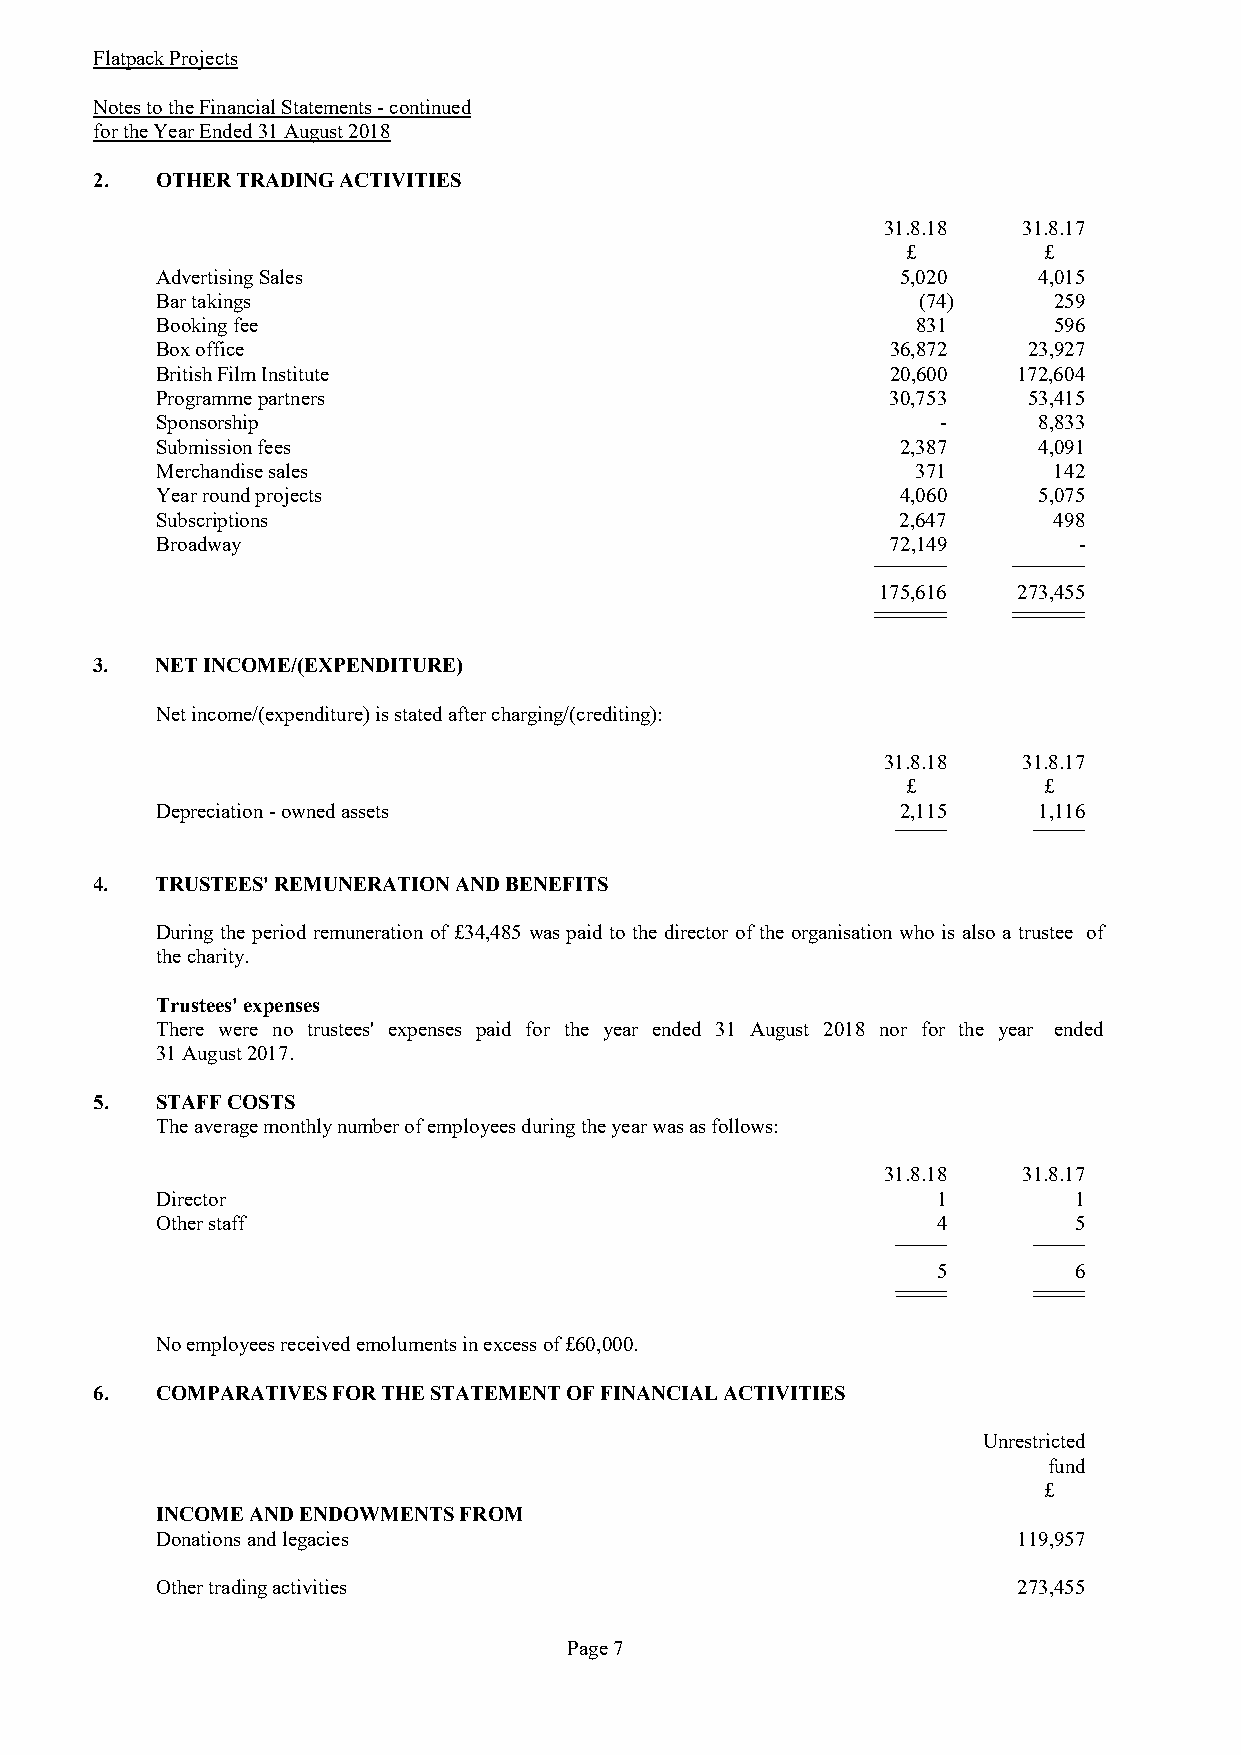
Flatpack Projects
 Notes to the Financial Statements - continued
 for the Year Ended 31 August 2018
 2.  OTHER TRADING ACTIVITIES
 31.8.18   31.8.17
 £        £
 Advertising Sales                                 5,020    4,015
 Bar takings                                        (74)     259
 Booking fee                                        831      596
 Box office                                       36,872   23,927
 British Film Institute                           20,600  172,604
 Programme partners                               30,753   53,415
 Sponsorship                                         -      8,833
 Submission fees                                   2,387    4,091
 Merchandise sales                                  371      142
 Year round projects                               4,060    5,075
 Subscriptions                                     2,647     498
 Broadway                                         72,149      -
 175,616  273,455
 3.  NET INCOME/(EXPENDITURE)
 Net income/(expenditure) is stated after charging/(crediting):
 31.8.18   31.8.17
 £        £
 Depreciation - owned assets                       2,115    1,116
 4.  TRUSTEES' REMUNERATION AND BENEFITS
 During the period remuneration of £34,485 was paid to the director of the organisation who is also a trustee of
 the charity.
 Trustees' expenses
 There were no trustees' expenses paid for the year ended 31 August 2018 nor for the year ended
 31 August 2017.
 5.  STAFF COSTS
 The average monthly number of employees during the year was as follows:
 31.8.18   31.8.17
 Director                                            1        1
 Other staff                                         4        5
 5        6
 No employees received emoluments in excess of £60,000.
 6.  COMPARATIVES FOR THE STATEMENT OF FINANCIAL ACTIVITIES
 Unrestricted
 fund
 £
 INCOME AND ENDOWMENTS FROM
 Donations and legacies                                   119,957
 Other trading activities                                 273,455
 Page 7